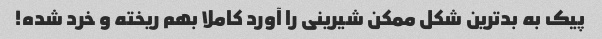
پیک به بدترین شکل ممکن شیرینی را آورد کاملا بهم ریخته و خرد شده!